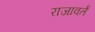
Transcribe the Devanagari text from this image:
राजावर्तं